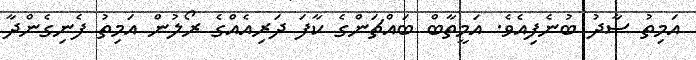
އަމިތު ސާދު ބުނެފިއެވެ. އަމީތާބް ބައްޗަންގެ ކާފަ ދަރިއެއްގެ ރޯލުން އަމިތު ފެނިގެންދާ